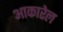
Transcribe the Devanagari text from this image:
आकारेल